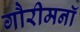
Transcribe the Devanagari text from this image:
गौरीमनॉ